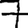
Digit: 7